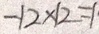
- 1 2 \times 2 = 1